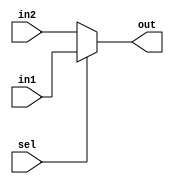
module mux(in1,in2,sel,out);

input in1;
input in2;
input sel;
output reg out;
always @(*) 
begin
    if(sel)
    out<=in1;
    else
    out<=in2;
end
endmodule